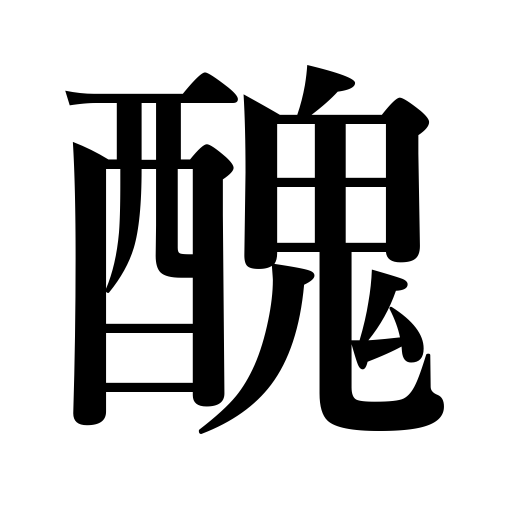
Meanings: indecent,ugliness,ugly,disgraceful,shame,uncleanness,bad-looking,unsightly